Insane asylums in Bengal annual reports 1867-1875 - 1867-1875
Year: 1867
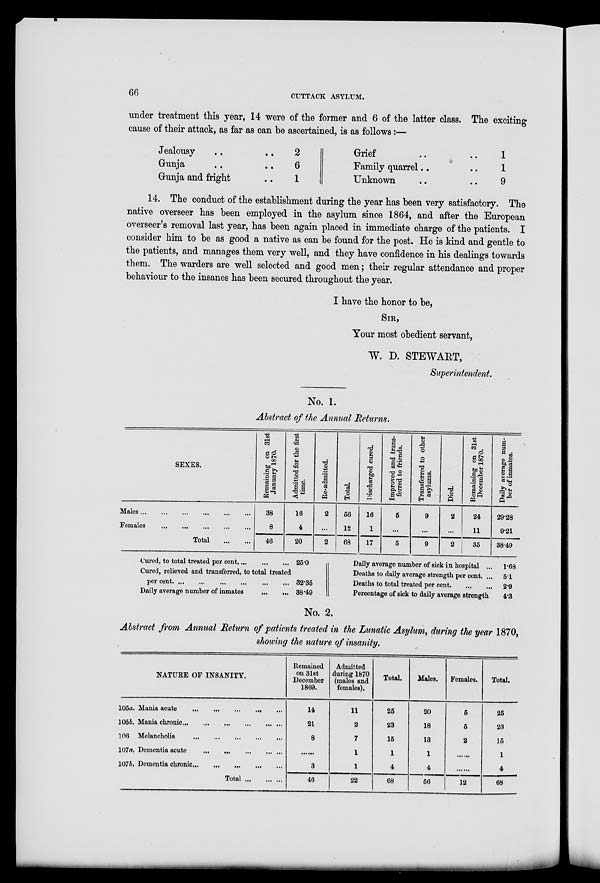
66
CUTTACK ASYLUM.
under treatment this year, 14 were of the former and 6 of the latter class. The exciting
cause of their attack, as far as can be ascertained, is as follows:—
Jealousy
Gunja ...
Gunja and fright
2
6
1
Grief
Family quarrel..
Unknown
1
1
9
14. The conduct of the establishment during the year has been very satisfactory. The
native overseer has been employed in the asylum since 1864, and after the European
overseer's removal last year, has been again placed in immediate charge of the patients. I
consider him to be as good a native as can be found for the post. He is kind and gentle to
the patients, and manages them very well, and they have confidence in his dealings towards
them. The warders are well selected and good men; their regular attendance and proper
behaviour to the insanes has been secured throughout the year.
I have the honor to be,
SIR,
Your most obedient servant,
W. D. STEWART,
Superintendent.
No. 1.
Abstract of the Annual Returns.
SEXES.
Males
...
...
...
...
...
...
Females
...
...
...
...
...
Total
...
...
Remaining on 31st
January 1870.
38
8
46
Admitted for the first
time.
16
4
20
Re-admitted.
2
...
2
Total.
56
12
68
Discharged cured.
16
1
17
Improved and trans-
ferred to friends.
5
...
5
Transferred to other
asylums.
9
...
9
Died.
2
...
2
Remaining on 31st
December 1870.
24
11
35
Daily average num-
ber of inmates.
29.28
9.21
38.49
Cured, to total treated per cent. ... ... ...
Cured, relieved and transferred, to total treated
per cent. ... ... ... ... ... ...
Daily average number of inmates
...
...
25.0
32.35
38.49
Daily average number of sick in hospital ...
Deaths to daily average strength per cent. ...
Deaths to total treated per cent. ... ...
Percentage of sick to daily average strength
1.68
5.1
2.9
4.3
No. 2.
Abstract from Annual Return of patients treated in the Lunatic Asylum, during the year 1870,
showing the nature of insanity.
NATURE OF INSANITY.
105a. Mania acute ... ... ... ... ...
105b. Mania chronic
...
...
...
...
...
106 Melancholia
...
...
...
...
...
107a. Dementia acute
...
...
...
...
...
107b. Dementia chronic ... ... ... ...
Total ... ... ...
Remained
on 31 st
December
1869.
14
21
8
...
3
46
Admitted
during 1870
(males and
females).
11
2
7
1
1
22
Total.
25
23
15
1
4
68
Males.
20
18
13
1
4
56
Females.
5
5
2
......
......
12
Total.
25
23
15
1
4
68